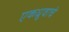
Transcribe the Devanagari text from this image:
एकध्रुवाचे